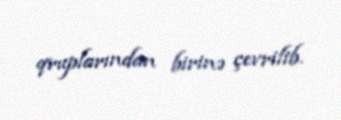
qruplarından birinə çevrilib.